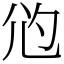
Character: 尦